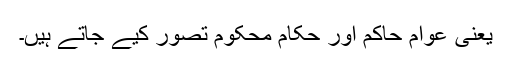
یعنی عوام حاکم اور حکّام محکوم تصوّر کیے جاتے ہیں۔